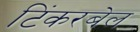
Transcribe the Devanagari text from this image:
टिंकरबेल